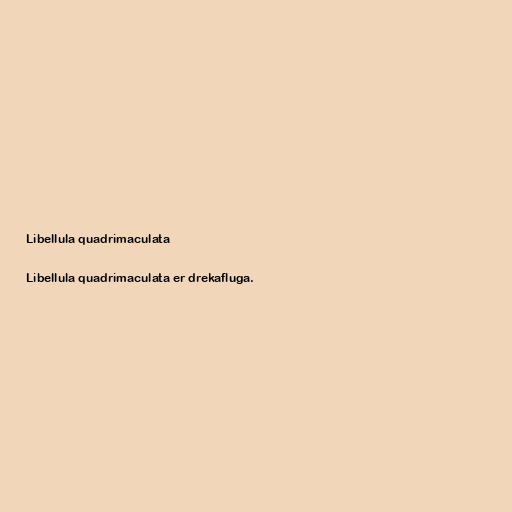
Libellula quadrimaculata

Libellula quadrimaculata er drekafluga.